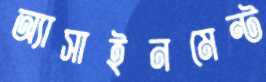
অ্যাসাইনমেন্ট